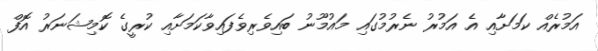
އަމުރެއް ކަމަށާއި އެ އަމުރު ނެރުމުގައި މައުމޫނު ބައިވެރިވެފައިވާކަމަށާއި ކުރީގެ ކޮމިޝަނަރު އޮފް